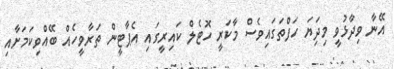
އޭނާ ވިދާޅުވީ މިދަިޔަ ހަފްތަގައިވެސް މާކަރީ ހޮޓެލް ކައިރީގައި އެޕާޓީން ތަރާވީހެއް ބޭއްވިކަމަށާއި